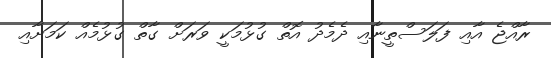
ރާއްޖެ އާއި ފަލަސްތީނާއި ދެމެދު އޮތް ގުޅުމަކީ ވަރަށް ގާތް ގުޅުމެއް ކަމަށާއި